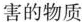
害的物质